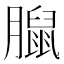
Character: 𦡔